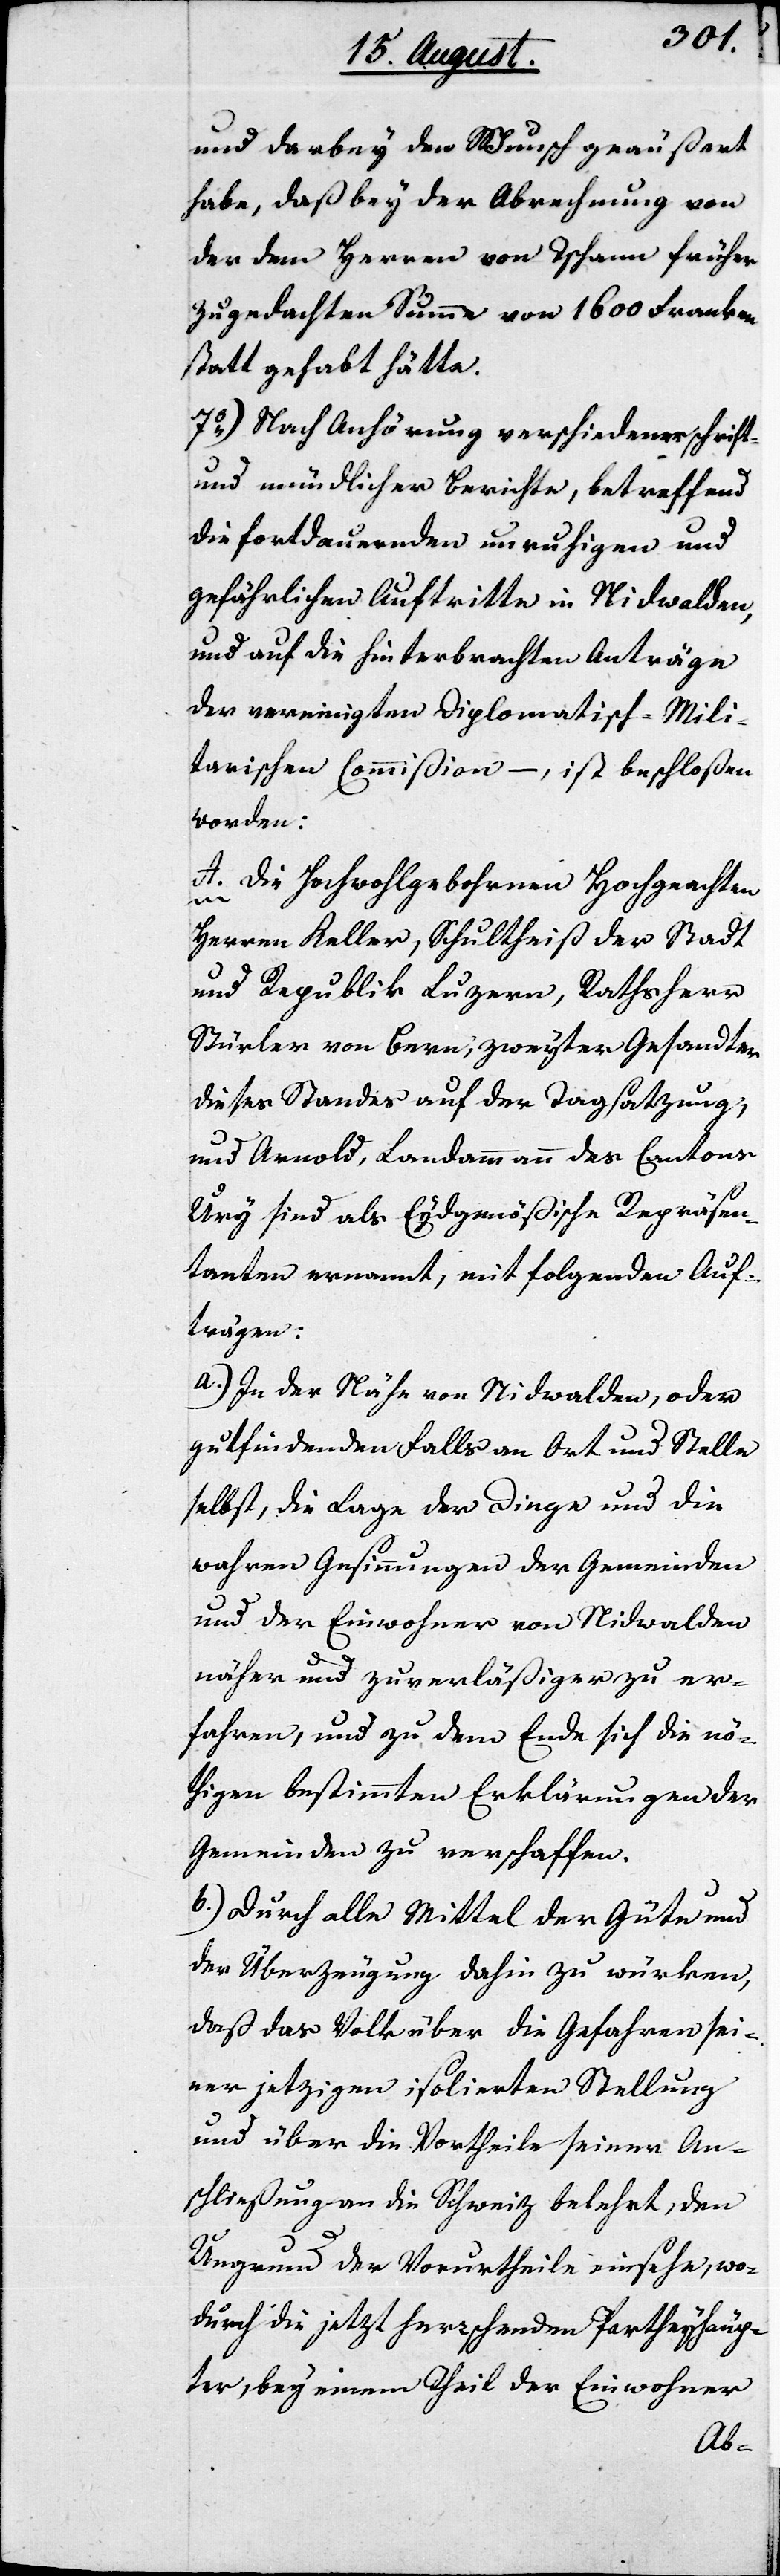
und darbey den Wunsch geäußert
habe, daß bey der Abrechnung von
der dem Herren von Tschann früher
zugedachten Summe von 1600 Franken
statt gehabt hätte.
7.) Nach Anhörung verschiedener schrift-
und mündlicher Berichte, betreffend
die fortdauernden unruhigen und
gefährlichen Auftritte in Nidwalden,
und auf die hinterbrachten Anträge
der vereinigten Diplomatisch-Mili¬
tarischen Commißion –, ist beschloßen
worden:
A. Die Hochwohlgebohrnen Hochgeachten
Herren Keller, Schultheiß der Stadt
und Republik Luzern, Rathsherr
Stürler von Bern, zweyter Gesandter
dieses Standes auf der Tagsatzung,
und Arnold, Landammann des Cantons
Ury sind als Eydgenößische Repräsen¬
tanten ernannt, mit folgenden Auf¬
trägen:
a. In der Nähe von Nidwalden, oder
gutfindenden Falls an Ort und Stelle
selbst, die Lage der Dinge und die
wahren Gesinnungen der Gemeinden
und der Einwohner von Nidwalden
näher und zuverläßiger zu er¬
fahren, und zu dem Ende sich die nö¬
thigen bestimmten Erklärungen der
Gemeinden zu verschaffen.
b. Durch alle Mittel der Güter und
der Überzeugung dahin zu würken,
daß das Volk über die Gefahren sei¬
ner jetzigen isolierten Stellung
und über die Vortheile seiner An¬
schließung an die Schweiz belehrt, den
Ungrund der Vorurtheile einsehe, wo¬
durch die jetzt herrschenden Partheyhäup¬
ter, bey einem Theil der Einwohner